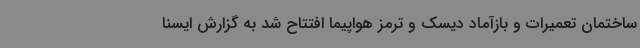
ساختمان تعمیرات و بازآماد دیسک و ترمز هواپیما افتتاح شد به گزارش ایسنا